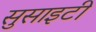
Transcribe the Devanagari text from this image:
सुसाइटी